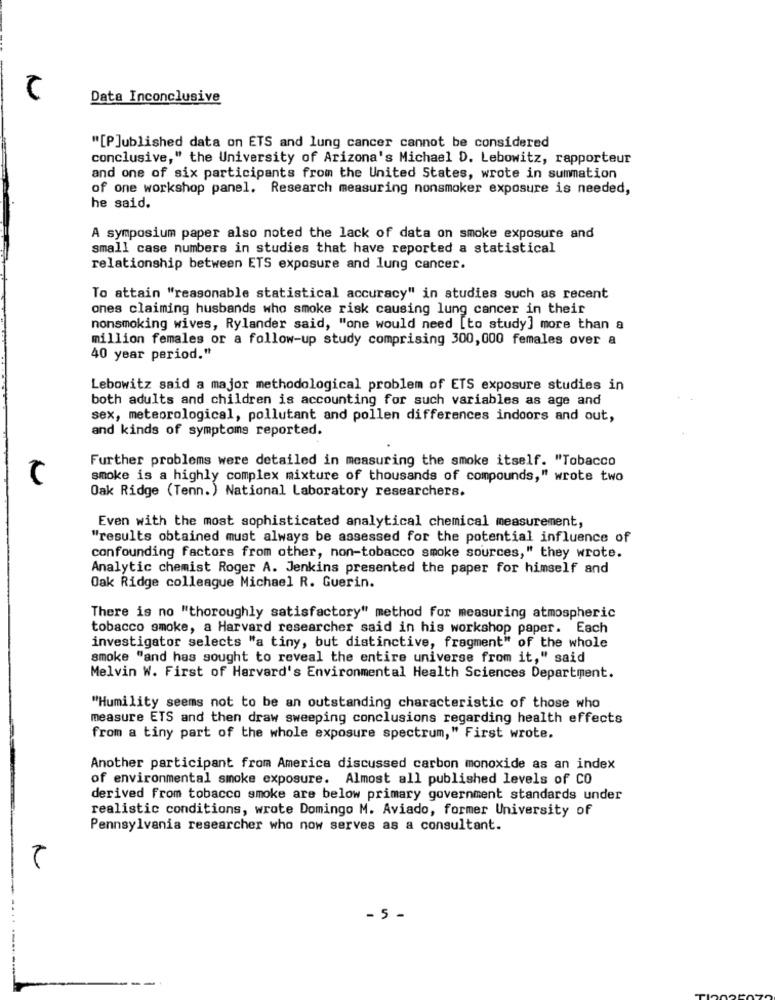
Data Inconclusive
"[P]ublished data on ETS and lung cancer cannot be considered
conclusive," the University of Arizona's Michael D. Lebowitz, rapporteur
and one of six participants from the United States, wrote in summation
of one workshop panel. Research measuring nonsmoker exposure is needed,
he said.
A symposium paper also noted the lack of data on smoke exposure and
small case numbers in studies that have reported a statistical
relationship between ETS exposure and lung cancer.
To attain "reasonable statistical accuracy" in studies such as recent
ones claiming husbands who smoke risk causing lung cancer in their
nonsmoking wives, Rylander said, "one would need [to study] more than a
million females or a follow-up study comprising 300, 000 females over a
40 year period."
Lebowitz said a major methodological problem of ETS exposure studies in
both adults and children is accounting for such variables as age and
sex, meteorological, pollutant and pollen differences indoors and out,
and kinds of symptoms reported.
Further problems were detailed in measuring the smoke itself. "Tobacco
smoke is a highly complex mixture of thousands of compounds," wrote two
Oak Ridge (Tenn.) National Laboratory researchers.
Even with the most sophisticated analytical chemical measurement,
"results obtained must always be assessed for the potential influence of
confounding factors from other, non-tobacco smoke sources," they wrote.
Analytic chemist Roger A. Jenkins presented the paper for himself and
Oak Ridge colleague Michael R. Guerin.
There is no "thoroughly satisfactory" method for measuring atmospheric
tobacco smoke, a Harvard researcher said in his workshop paper. Each
investigator selects "a tiny, but distinctive, fragment" of the whole
smoke "and has sought to reveal the entire universe from it," said
Melvin W. First of Harvard's Environmental Health Sciences Department.
"Humility seems not to be an outstanding characteristic of those who
measure ETS and then draw sweeping conclusions regarding health effects
from a tiny part of the whole exposure spectrum," First wrote.
Another participant from America discussed carbon monoxide as an index
of environmental smoke exposure. Almost all published levels of CO
derived from tobacco smoke are below primary government standards under
realistic conditions, wrote Domingo M. Aviado, former University of
Pennsylvania researcher who now serves as a consultant.
- 5 -